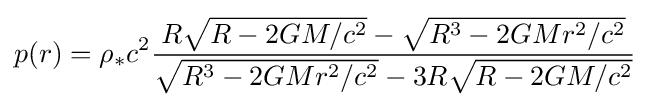
p(r)=\rho _{*}c^{2}{\frac {R{\sqrt {R-2GM/c^{2}}}-{\sqrt {R^{3}-2GMr^{2}/c^{2}}}}{{\sqrt {R^{3}-2GMr^{2}/c^{2}}}-3R{\sqrt {R-2GM/c^{2}}}}}